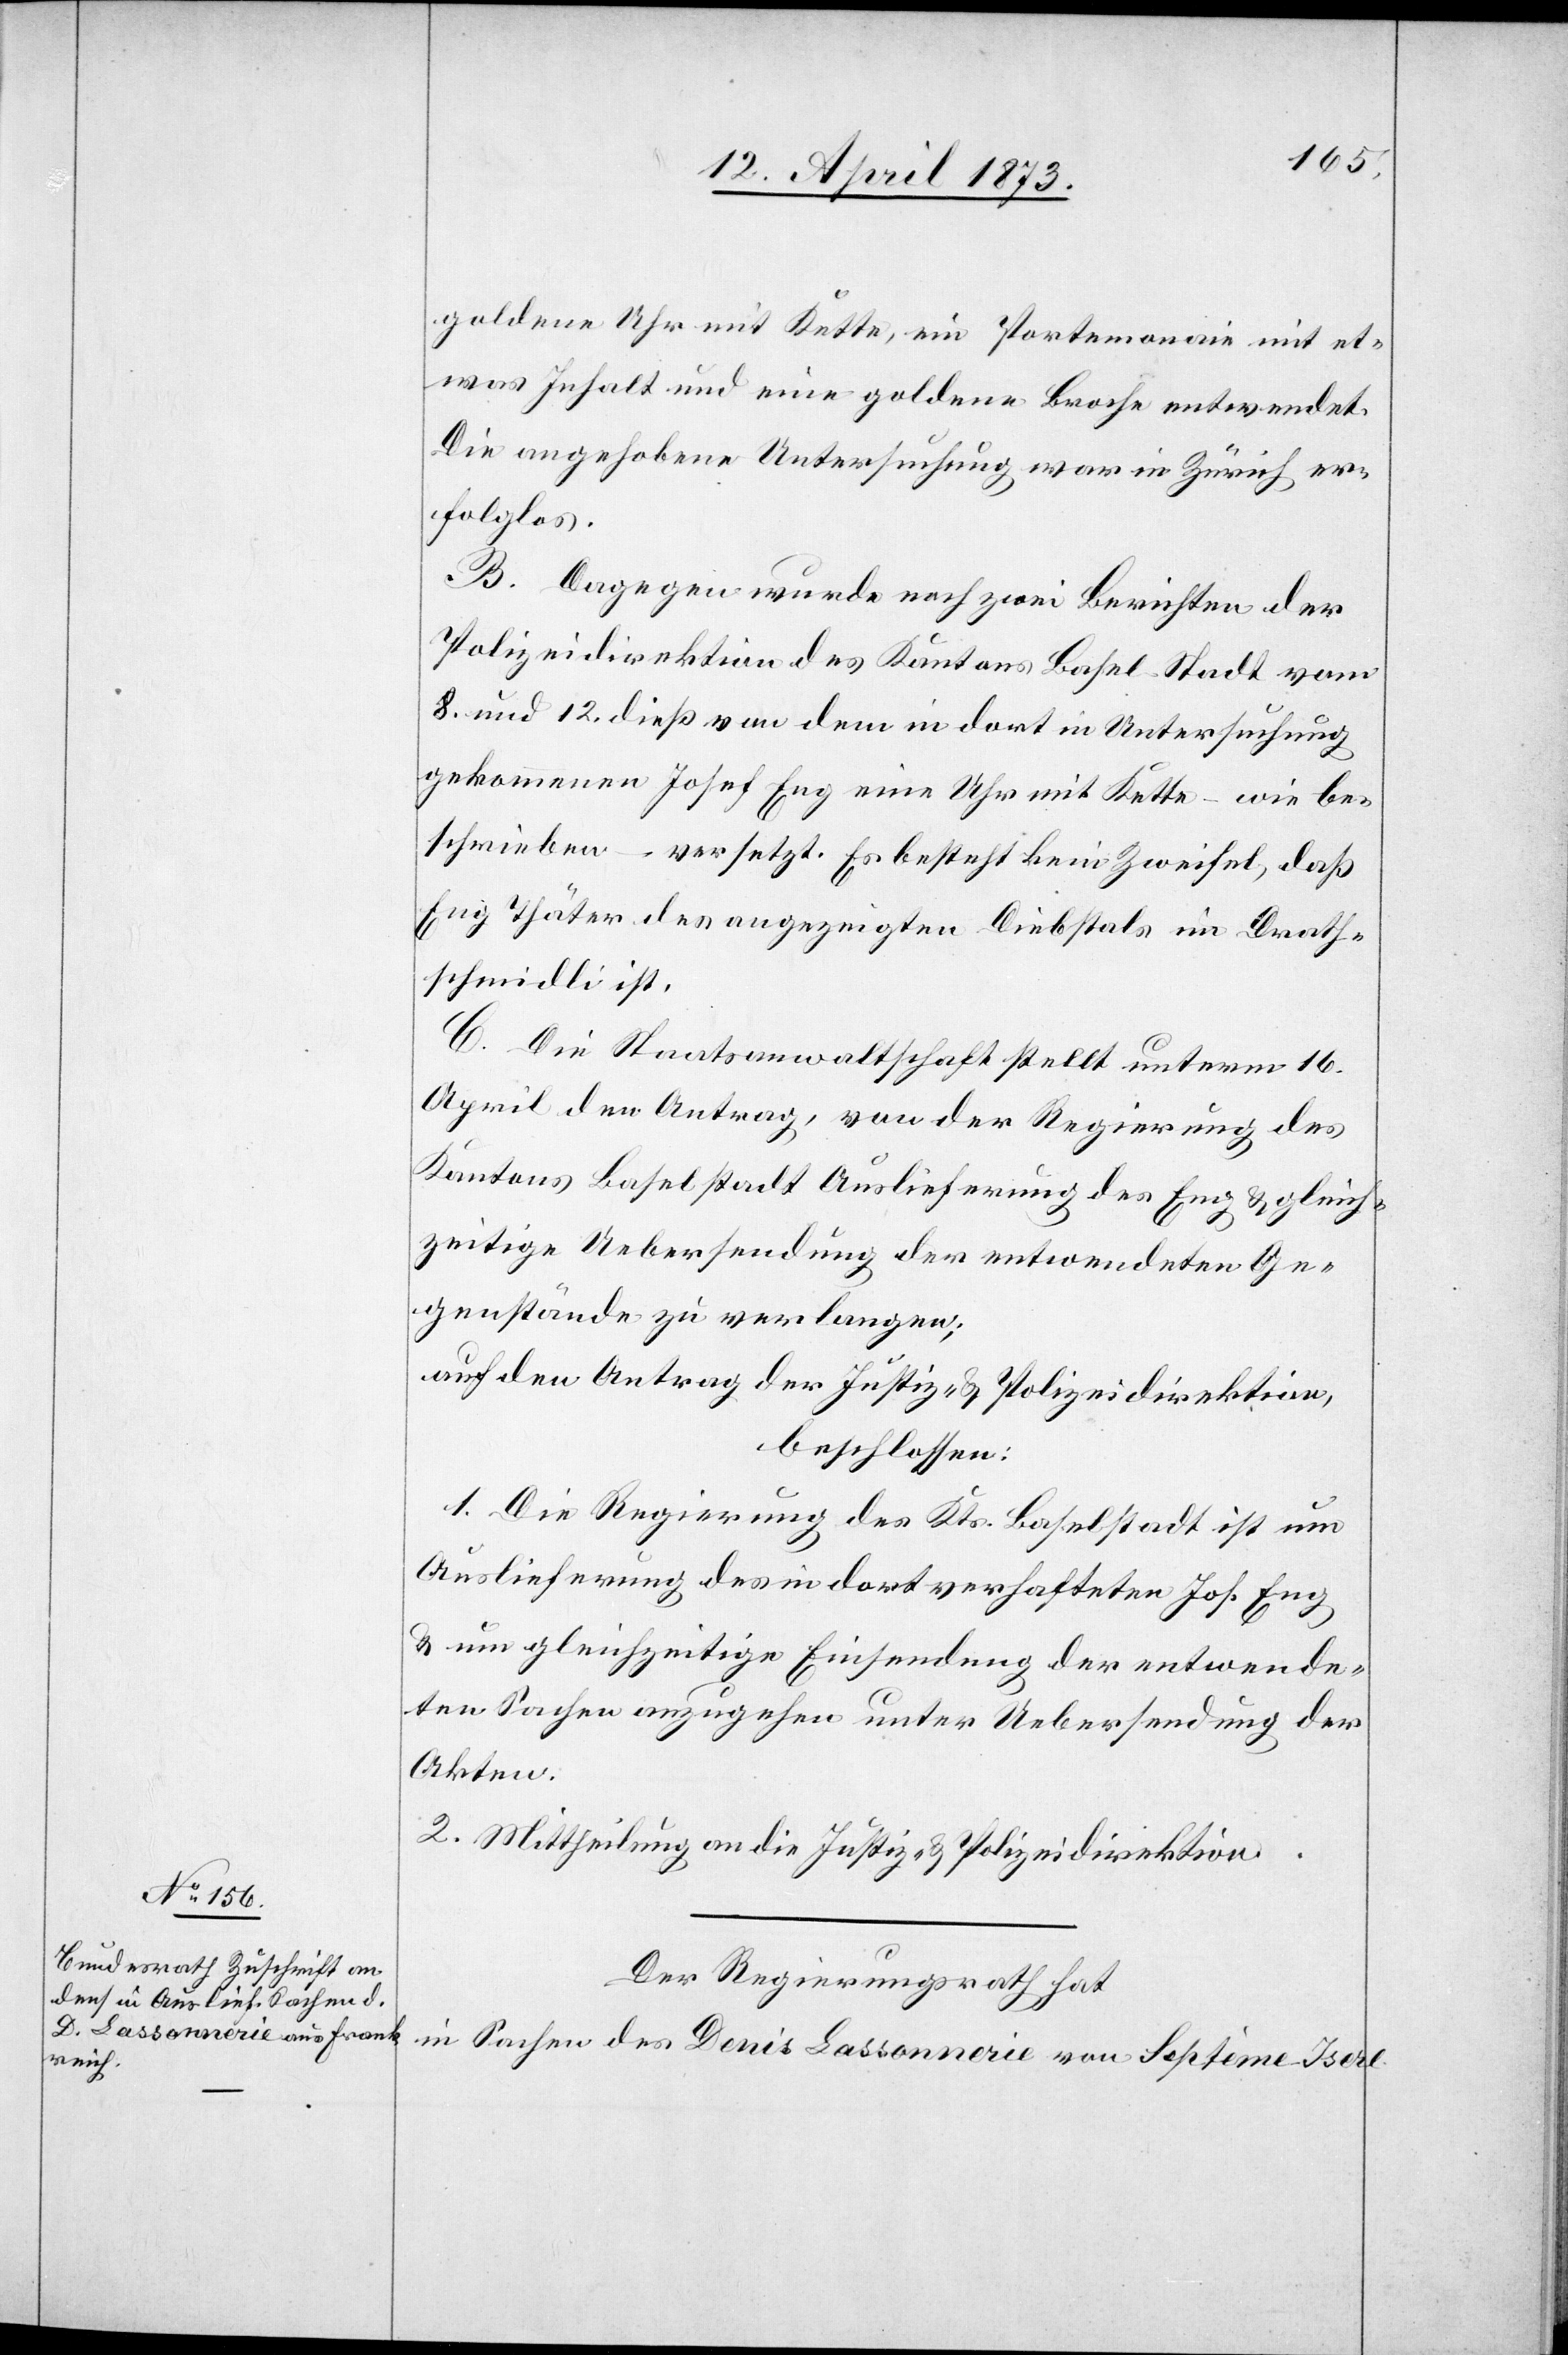
18. April 1873.]
goldene Uhr mit Kette, ein Portemonaie mit et¬
was Inhalt und eine goldene Broshe entwendet.
Die angehobene Untersuchung war in Zürich er¬
folglos.
B. Dagegen wurde nach zwei Berichten der
Polizeidirektion des Kantons Basel Stadt vom
8. und 12. dieß von dem in dort in Untersuchung
gekommenen Josef Eng eine Uhr mit Kette – wie be¬
schrieben – versetzt. Es besteht kein Zweifel, daß
Eng Thäter des angezeigten Diebstals im Drath¬
schmidli ist.
C. Die Staatsanwaltschaft stellt unterm 16.
April den Antrag, von der Regierung des
Kantons Baselstadt Auslieferung des Eng & gleich¬
zeitige Uebersendung der entwendeten Ge¬
genstände zu verlangen;
auf den Antrag der Justiz- & Polizeidirektion,
beschlossen:
1. Die Regierung des Kts. Baselstadt ist um
Auslieferung des in dort verhafteten Jos. Eng
& um gleichzeitige Einsendung der entwende¬
ten Sachen anzugehen unter Uebersendung der
Akten.
2. Mittheilung an die Justiz- & Polizeidirektion.
Der Regierungsrath hat,
in Sachen des Denis Lassonnerie von Septème-Isere